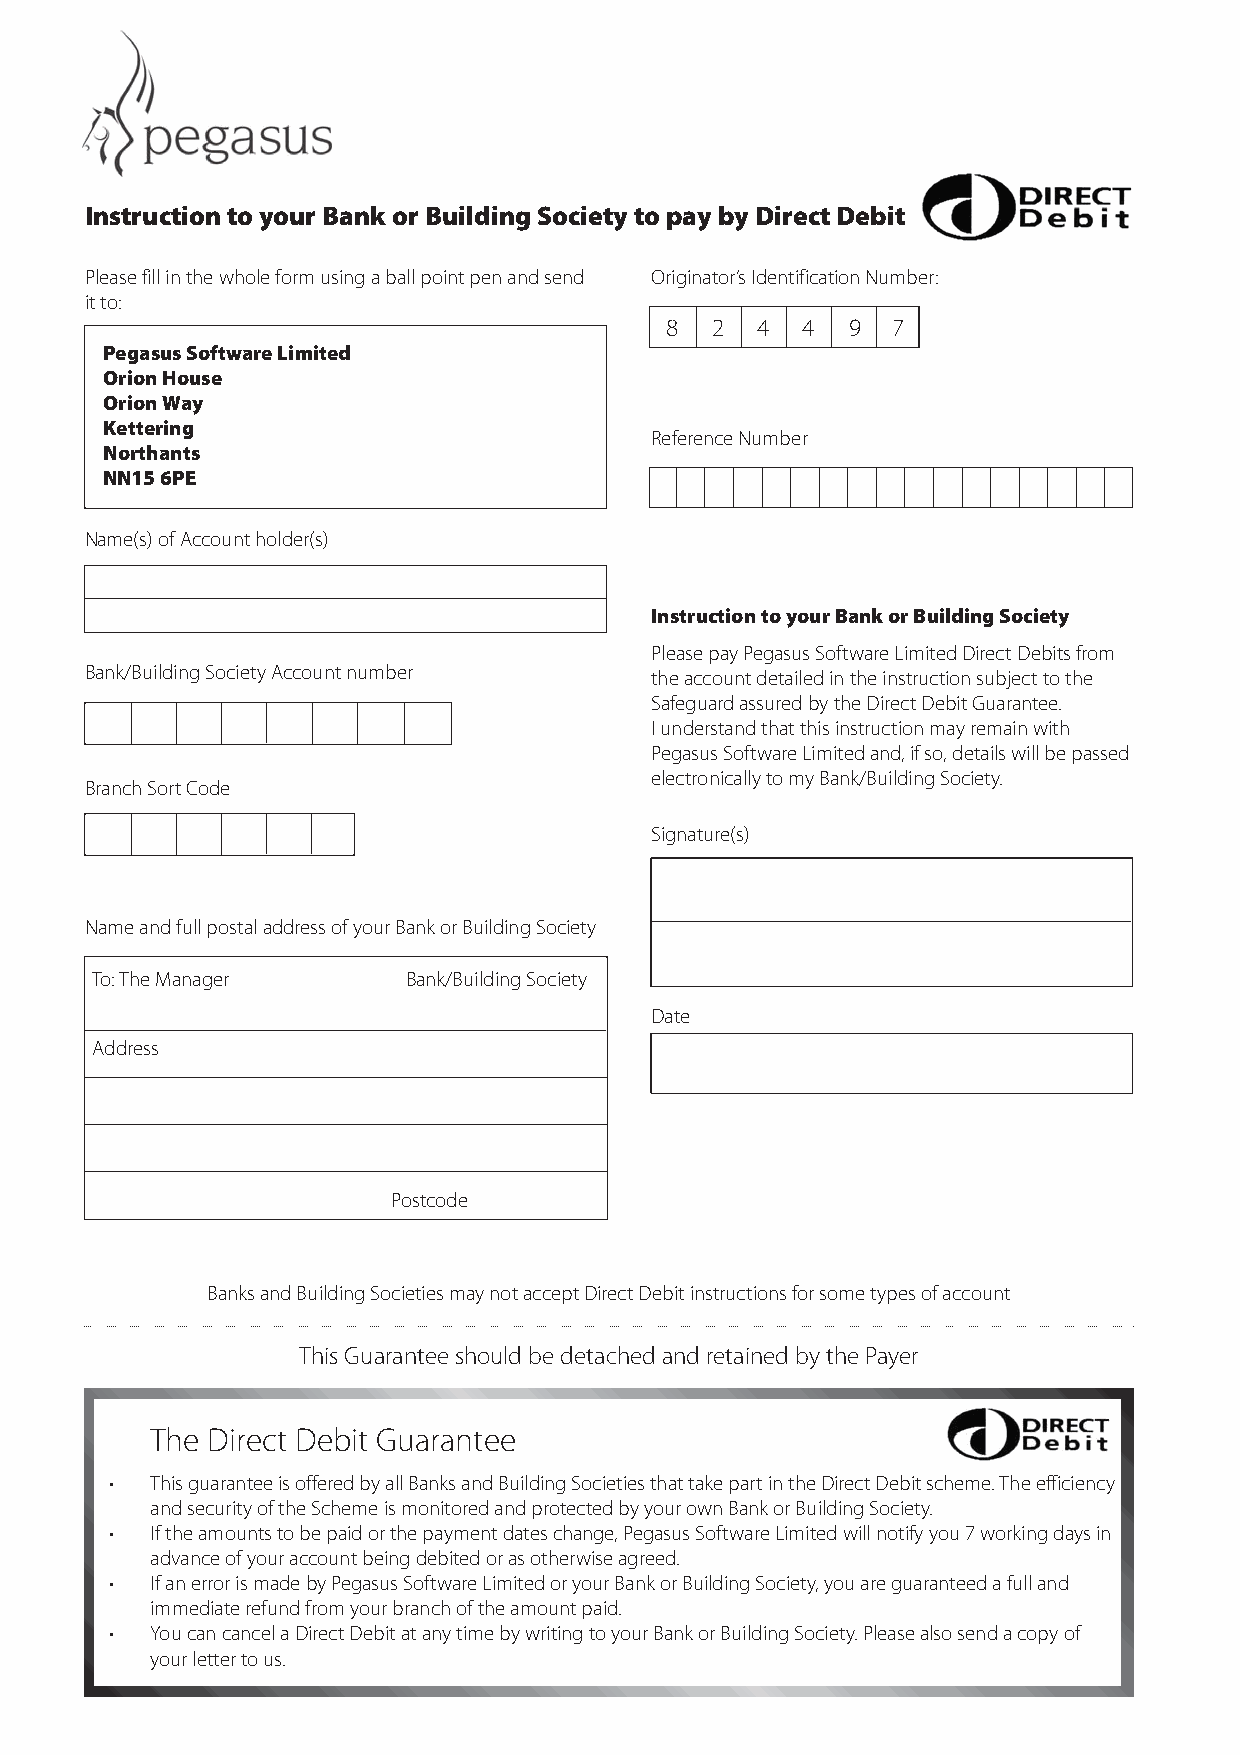
Instruction to your Bank or Building Society to pay by Direct Debit
 Please fill in the whole form using a ball point pen and send Originator’s Identification Number:
 it to:
 8  2  4  4  9  7
 Pegasus Software Limited
 Orion House
 Orion Way
 Kettering
 Reference Number
 Northants
 NN15 6PE
 Name(s) of Account holder(s)
 Instruction to your Bank or Building Society
 Please pay Pegasus Software Limited Direct Debits from
 Bank/Building Society Account number the account detailed in the instruction subject to the
 Safeguard assured by the Direct Debit Guarantee.
 I understand that this instruction may remain with
 Pegasus Software Limited and, if so, details will be passed
 electronically to my Bank/Building Society.
 Branch Sort Code
 Signature(s)
 Name and full postal address of your Bank or Building Society
 To: The Manager      Bank/Building Society
 Date
 Address
 Postcode
 Banks and Building Societies may not accept Direct Debit instructions for some types of account
 This Guarantee should be detached and retained by the Payer
 The Direct Debit Guarantee
 •  This guarantee is offered by all Banks and Building Societies that take part in the Direct Debit scheme. The efficiency
 and security of the Scheme is monitored and protected by your own Bank or Building Society.
 •  If the amounts to be paid or the payment dates change, Pegasus Software Limited will notify you 7 working days in
 advance of your account being debited or as otherwise agreed.
 •  If an error is made by Pegasus Software Limited or your Bank or Building Society, you are guaranteed a full and
 immediate refund from your branch of the amount paid.
 •  You can cancel a Direct Debit at any time by writing to your Bank or Building Society. Please also send a copy of
 your letter to us.